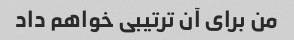
من برای آن ترتیبی خواهم داد